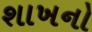
શાખનો